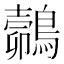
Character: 𪄽